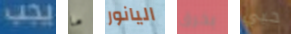
يجب ما اليانور بخرق حبي